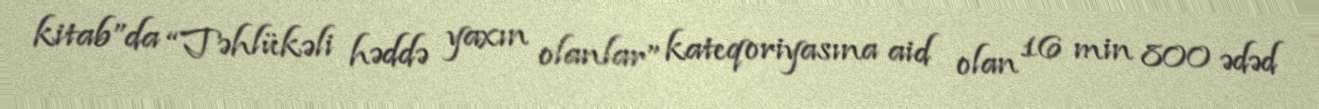
kitab”da “Təhlükəli həddə yaxın olanlar” kateqoriyasına aid olan 16 min 800 ədəd